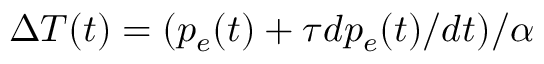
\Delta T ( t ) = ( p _ { e } ( t ) + \tau d p _ { e } ( t ) / d t ) / \alpha